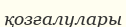
қозғалулары